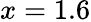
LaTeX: x=1.6